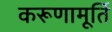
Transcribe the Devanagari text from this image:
करूणामूर्ति